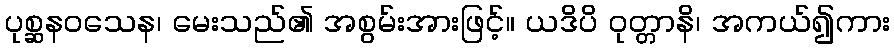
ပုစ္ဆနဝသေန၊ မေးသည်၏ အစွမ်းအားဖြင့်။ ယဒိပိ ဝုတ္တာနိ၊ အကယ်၍ကား